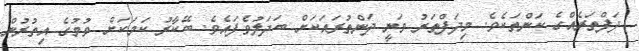
ދަފްތަރެއްގެ ކަންތަކެވެ. މިދަފްތަރު ވަނީ ދަންތުރައަކަށް ބަދަލުވެފައެވެ. ބޭކާރު ކަމަކަށް ވުމުގެ އިތުރުން